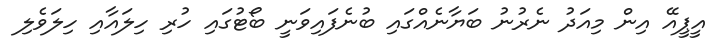
އީޕީއޭ އިން މިއަދު ނެރުނު ބަޔާނެއްގައި ބުނެފައިވަނީ ބޯޓުގައި ހުރި ހިލައާއި ހިލަވެލި